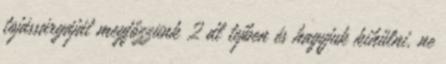
tojássárgáját megfőzzünk 2 dl tejben és hagyjuk kihűlni. ne